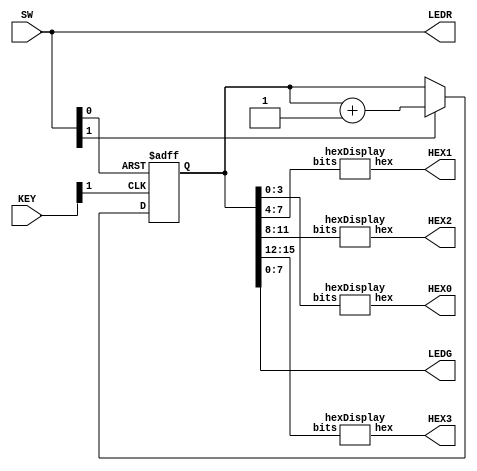
module Lab4_Part2(SW,LEDR,LEDG,KEY,HEX3,HEX2,HEX1,HEX0);
	input [17:0] SW;
	input [3:0] KEY;
	output [17:0] LEDR;
	output [7:0] LEDG;
	output [6:0] HEX3,HEX2,HEX1,HEX0;
	
	wire clear, clk, enable;
	reg [15:0] cntr;
	
	assign clear = SW[0];
	assign enable = SW[1];
	assign clk = KEY[1];
	
	always @ (negedge clk or negedge clear) begin
		if (clear == 0) begin
			cntr <= 0;
		end else if (enable == 1)begin
			cntr <= cntr + 1;
		end
	end
	
	assign LEDR = SW;
	assign LEDG = cntr;
	
	hexDisplay h0 (cntr[3:0], HEX0);
	hexDisplay h1 (cntr[7:4], HEX1);
	hexDisplay h2 (cntr[11:8], HEX2);
	hexDisplay h3 (cntr[15:12], HEX3);

endmodule

module hexDisplay(input [3:0] bits, output reg [6:0] hex);
	always @ (*) begin
		case(bits)
			4'b0000: hex = 7'b1000000; //0
			4'b0001: hex = 7'b1111001; //1
			4'b0010: hex = 7'b0100100; //2
			4'b0011: hex = 7'b0110000; //3
			4'b0100: hex = 7'b0011001; //4
			4'b0101: hex = 7'b0010010; //5
			4'b0110: hex = 7'b0000010; //6
			4'b0111: hex = 7'b1111000; //7
			4'b1000: hex = 7'b0000000; //8
			4'b1001: hex = 7'b0011000; //9
			4'b1010: hex = 7'b0001000; //A
			4'b1011: hex = 7'b0000011; //B
			4'b1100: hex = 7'b1000110; //C
			4'b1101: hex = 7'b0100001; //D
			4'b1110: hex = 7'b0000110; //E
			4'b1111: hex = 7'b0001110; //F
			default: hex = 7'b1111111;
		endcase
	end
endmodule